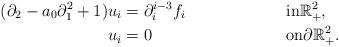
\begin{align*}(\partial_2 - a_0 \partial_1^2 +1) u_i & = \partial_{i}^{i-3} f_i && \textrm{in} \mathbb{R}^2_+,\\u_i & = 0 && \textrm{on}\partial \mathbb{R}^2_+. \end{align*}